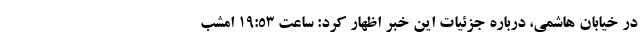
در خیابان هاشمی، درباره جزئیات این خبر اظهار کرد: ساعت 19:53 امشب